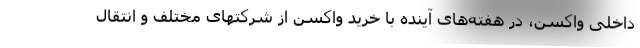
داخلی واکسن، در هفته‌های آینده با خرید واکسن از شرکتهای مختلف و انتقال